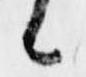
候